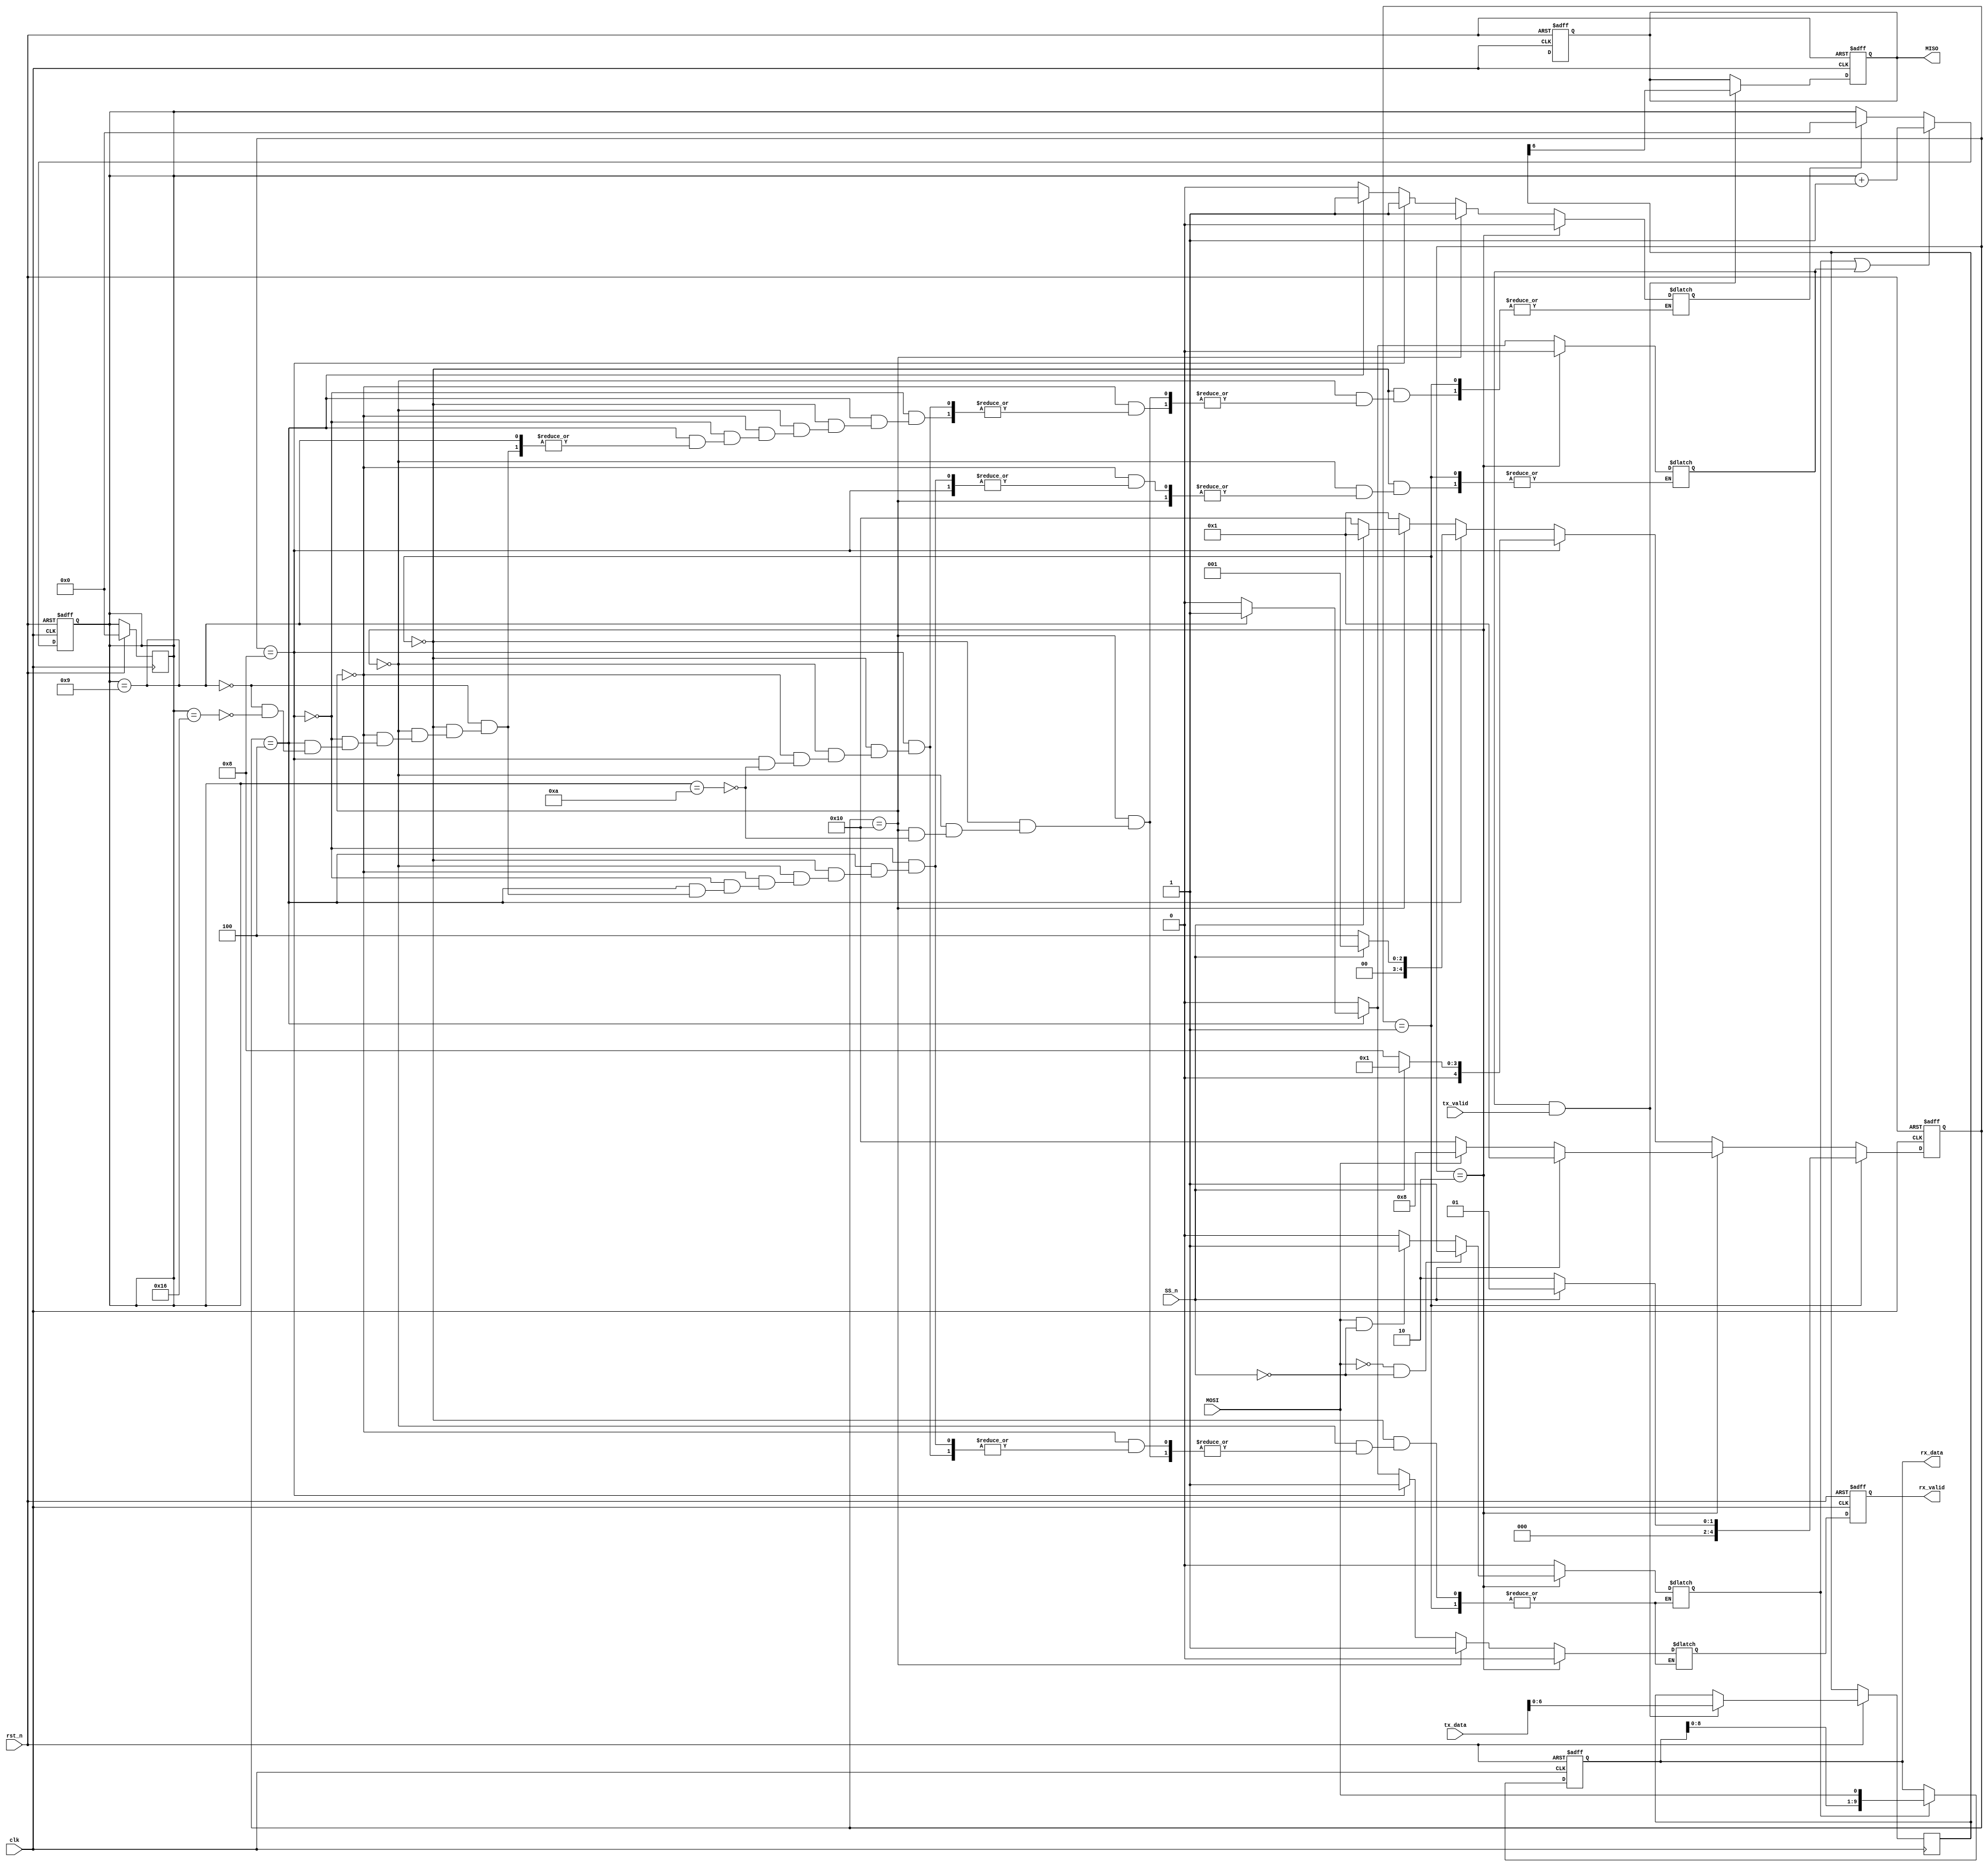
module SPI (
    input wire       MOSI,
    input wire       SS_n,
    input wire       clk, 
    input wire       rst_n,
    input wire [7:0] tx_data,
    input wire       tx_valid,

    output reg       MISO,
    output reg [9:0] rx_data,
    output reg       rx_valid
);

reg [4:0] IDLE      = 'b00001;
reg [4:0] CHK_CMD   = 'b00010;
reg [4:0] READ_DATA = 'b00100;
reg [4:0] READ_ADD  = 'b01000;
reg [4:0] WRITE     = 'b10000;

reg [4:0] current;
reg [4:0] next;
reg [4:0] counter;
reg [4:0] counter_reg = 'b0;
reg [9:0] rx_data_reg;
reg       miso_reg;
reg [7:0] tx_data_reg;

reg flag          = 'b0;
reg flag_reg      = 'b0;
reg rx_valid_flag = 'b0;
reg write_flag    = 'b0;
reg clear_counter = 'b0;
reg read_flag     = 'b0;

integer i = 0;

//Next state logic
always @(*) begin
    //flag_reg = 'b0;
    case(current)
        IDLE : begin
            if(SS_n == 'b0)
            begin
                next = CHK_CMD;
            end
            else
            begin
                next = IDLE;
            end
        end
        CHK_CMD : begin
            if(SS_n == 'b1)
            begin
                next = IDLE;
            end
            else
            begin
                if(MOSI == 'b0)
                begin
                    next = WRITE;
                end
                else
                begin
                    if(!flag)
                    begin
                        next = READ_ADD;
                    end
                    else
                    begin
                        next = READ_DATA;
                    end
                end
            end
        end
        READ_ADD : begin
            if(SS_n == 0)
            begin
                next = READ_ADD;
            end
            else
            begin
                next = IDLE;
            end
        end
        READ_DATA : begin
            if(SS_n == 0)
            begin
                next = READ_DATA;
            end
            else
            begin
                next = IDLE;
            end            
        end
        WRITE : begin
            if(SS_n == 0)
            begin
                next = WRITE;
            end
            else
            begin
                next = IDLE;
            end            
        end
        default : begin
            next = IDLE;
            flag_reg = 'b0;
        end
    endcase
end

always @(*) begin
    tx_data_reg = tx_data;
end

//Output logic
always @(*) begin
    case(current)
        IDLE : begin

        end
        CHK_CMD : begin
            write_flag    = 'b0;
            rx_valid_flag = 'b0;
            clear_counter = 'b0;
            read_flag     = 'b0;
            if(MOSI == 'b0 && SS_n == 'b0)
            begin
                write_flag    = 'b1;
                rx_valid_flag = 'b0;
                clear_counter = 'b0;
                flag_reg      = 'b0;
            end
            else if(MOSI == 'b1 && SS_n == 'b0 && flag == 'b0)
            begin
                write_flag    = 'b1;
                rx_valid_flag = 'b0;
                clear_counter = 'b0;
                flag_reg      = 'b1;
            end            
            else if(MOSI == 'b1 && SS_n == 'b0 && flag == 'b1)
            begin
                write_flag    = 'b1;
                read_flag     = 'b1;
                rx_valid_flag = 'b0;
                clear_counter = 'b0;    
                flag_reg      = 'b0;            
            end
            else
            begin
                write_flag    = 'b0;
                rx_valid_flag = 'b0;
                clear_counter = 'b0;
                read_flag     = 'b0;
                flag_reg      = 'b0;     
            end
        end
        WRITE : begin
            if( counter == 'd10)
            begin
                write_flag    = 'b0;
                clear_counter = 'b1;
                rx_valid_flag = 'b1;
            end
        end
        READ_ADD : begin
            if( counter == 'd10)
            begin
                write_flag    = 'b0;
                clear_counter = 'b1;
                rx_valid_flag = 'b1;
            end
        end
        READ_DATA : begin
            if( counter == 'd9)
            begin
                write_flag    = 'b0;
                read_flag     = 'b1;
                rx_valid_flag = 'b1;
            end
            else if( counter == 'd22)
            begin
                write_flag    = 'b0;
                read_flag     = 'b0;
                clear_counter = 'b1;
                rx_valid_flag = 'b0;
            end
        end     
        default : begin
            write_flag    = 'b0;
            rx_valid_flag = 'b0;
            clear_counter = 'b0;
            read_flag     = 'b0;
            flag_reg      = 'b0;
        end   
    endcase
end

//Store element
always @(posedge clk or negedge rst_n) begin
    if(!rst_n)
    begin
        current <= IDLE;
        rx_valid <= 'b0;
        MISO    <= 'b0;
    end
    else
    begin
        current <= next;
        counter <= counter_reg;
        rx_valid <= rx_valid_flag;
        MISO <= miso_reg;
    end
end

always @(posedge clk or negedge rst_n) begin
    if(!rst_n)
    begin
        counter <= 'b0;
    end
    else if( (write_flag == 'b1) || (read_flag == 'b1))
    begin
        counter <= counter + 'b1;
    end
    else if(clear_counter == 'b1)
    begin
        counter <= 'b0;
    end
end

always @(posedge clk or negedge rst_n) begin
    if(!rst_n)
    begin
        rx_data <= 'b0;
    end
    else if(write_flag == 'b1)
    begin
        rx_data <= {rx_data[8:0], MOSI};
    end
end

always @(*) begin
    tx_data_reg = tx_data;
end

always @(posedge clk or negedge rst_n) begin
    if(!rst_n)
    begin
        flag <= 'b0;
    end
    else
    begin
        flag <= flag_reg;
    end
end

always @(posedge clk or negedge rst_n) begin
    if(!rst_n)
    begin
        MISO <= 'b0;
    end
    else if(read_flag == 'b1 && tx_valid == 'b1)
    begin
        {MISO, tx_data_reg[7:1]} <= tx_data_reg;
    end
end

endmodule